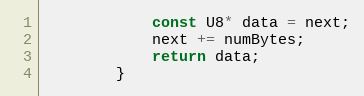
Language: C
			const U8* data = next;
			next += numBytes;
			return data;
		}